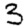
Digit: 3